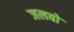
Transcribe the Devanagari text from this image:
जलवो